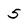
Character: 5